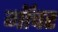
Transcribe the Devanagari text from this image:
गॉचर